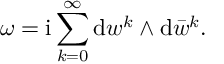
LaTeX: \omega = \mathrm { i } \sum _ { k = 0 } ^ { \infty } \mathrm { d } w ^ { k } \wedge \mathrm { d } \bar { w } ^ { k } .